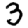
Digit: 3